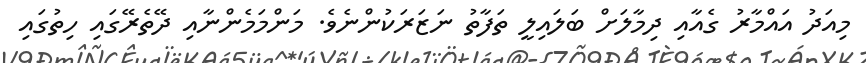
މިއަދު އައްމާރު ގެއާއި ދިމާލަށް ބަލައިލީ ތަފާތު ނަޒަރަކުންނެވެ. މަންމަމެންނާއި ދޭތެރޭގައި ހިތުގައި